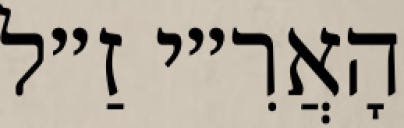
הָאֲרִ״י זַ״ל